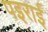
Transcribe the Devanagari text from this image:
पइराई